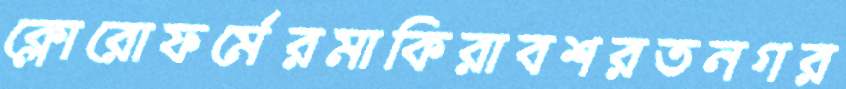
ক্লোরোফর্মেরমাকিরাবশরতনগর